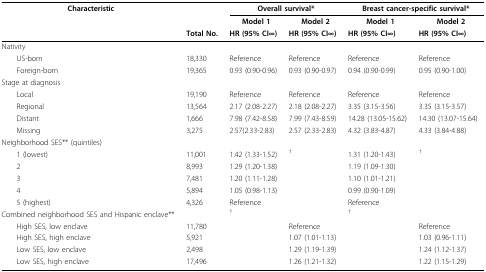
<table><thead><tr><td><b>Characteristic</b></td><td></td><td colspan="2"><b>Overall survival*</b></td><td colspan="2"><b>Breast cancer-specific survival*</b></td></tr><tr><td></td><td></td><td><b>Model 1</b></td><td><b>Model 2</b></td><td><b>Model 1</b></td><td><b>Model 2</b></td></tr><tr><td></td><td><b>Total No.</b></td><td><b>HR (95% CI∞)</b></td><td><b>HR (95% CI∞)</b></td><td><b>HR (95% CI∞)</b></td><td><b>HR (95% CI∞)</b></td></tr></thead><tbody><tr><td>Nativity</td><td></td><td></td><td></td><td></td><td></td></tr><tr><td> US-born</td><td>18,330</td><td>Reference</td><td>Reference</td><td>Reference</td><td>Reference</td></tr><tr><td> Foreign-born</td><td>19,365</td><td>0.93 (0.90-0.96)</td><td>0.93 (0.90-0.97)</td><td>0.94 (0.90-0.99)</td><td>0.95 (0.90-1.00)</td></tr><tr><td>Stage at diagnosis</td><td></td><td></td><td></td><td></td><td></td></tr><tr><td> Local</td><td>19,190</td><td>Reference</td><td>Reference</td><td>Reference</td><td>Reference</td></tr><tr><td> Regional</td><td>13,564</td><td>2.17 (2.08-2.27)</td><td>2.18 (2.08-2.27)</td><td>3.35 (3.15-3.56)</td><td>3.35 (3.15-3.57)</td></tr><tr><td> Distant</td><td>1,666</td><td>7.98 (7.42-8.58)</td><td>7.99 (7.43-8.59)</td><td>14.28 (13.05-15.62)</td><td>14.30 (13.07-15.64)</td></tr><tr><td> Missing</td><td>3,275</td><td>2.57(2.33-2.83)</td><td>2.57 (2.33-2.83)</td><td>4.32 (3.83-4.87)</td><td>4.33 (3.84-4.88)</td></tr><tr><td>Neighborhood SES** (quintiles)</td><td></td><td></td><td></td><td></td><td></td></tr><tr><td> 1 (lowest)</td><td>11,001</td><td>1.42 (1.33-1.52)</td><td><sup>†</sup></td><td>1.31 (1.20-1.43)</td><td><sup>†</sup></td></tr><tr><td> 2</td><td>8,993</td><td>1.29 (1.20-1.38)</td><td></td><td>1.19 (1.09-1.30)</td><td></td></tr><tr><td> 3</td><td>7,481</td><td>1.20 (1.11-1.28)</td><td></td><td>1.10 (1.01-1.21)</td><td></td></tr><tr><td> 4</td><td>5,894</td><td>1.05 (0.98-1.13)</td><td></td><td>0.99 (0.90-1.09)</td><td></td></tr><tr><td> 5 (highest)</td><td>4,326</td><td>Reference</td><td></td><td>Reference</td><td></td></tr><tr><td>Combined neighborhood SES and Hispanic enclave**</td><td></td><td><sup>†</sup></td><td></td><td><sup>†</sup></td><td></td></tr><tr><td> High SES, low enclave</td><td>11,780</td><td></td><td>Reference</td><td></td><td>Reference</td></tr><tr><td> High SES, high enclave</td><td>5,921</td><td></td><td>1.07 (1.01-1.13)</td><td></td><td>1.03 (0.96-1.11)</td></tr><tr><td> Low SES, low enclave</td><td>2,498</td><td></td><td>1.29 (1.19-1.39)</td><td></td><td>1.24 (1.12-1.37)</td></tr><tr><td> Low SES, high enclave</td><td>17,496</td><td></td><td>1.26 (1.21-1.32)</td><td></td><td>1.22 (1.15-1.29)</td></tr></tbody></table>